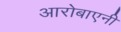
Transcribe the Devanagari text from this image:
आरोबाएनी